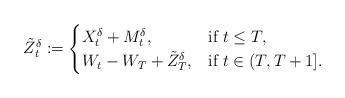
LaTeX: \begin{align*}\tilde{Z}^{\delta}_t :=\begin{cases}X^{\delta}_{t} + M^{\delta}_{t}, &\mbox{if } t \leq T,\\W_{t} - W_{T} + \tilde{Z}^{\delta}_{T}, &\mbox{if } t\in (T, T+1].\end{cases} \end{align*}